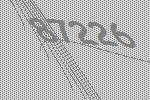
87226